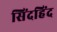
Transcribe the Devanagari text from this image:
सिंदहिंद